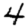
Digit: 4